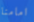
امامنا